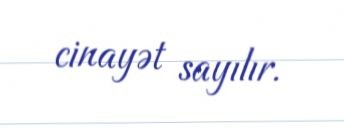
cinayət sayılır.